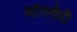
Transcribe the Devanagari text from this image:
मांगनोरी